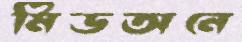
মিডঅনে